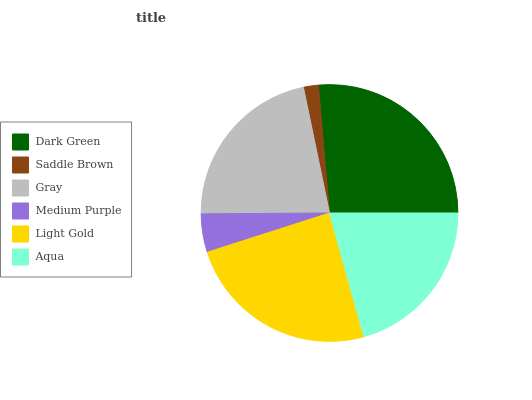
| Dark Green | Saddle Brown | Gray | Medium Purple | Light Gold | Aqua |
 | --- | --- | --- | --- | --- | --- |
 | 26.4% | 1.88% | 21.8% | 4.84% | 24.4% | 20.7% |